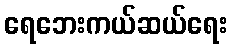
ရေဘေးကယ်ဆယ်ရေး